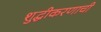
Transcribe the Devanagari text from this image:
शुद्धीकरणाची